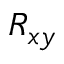
R _ { x y }